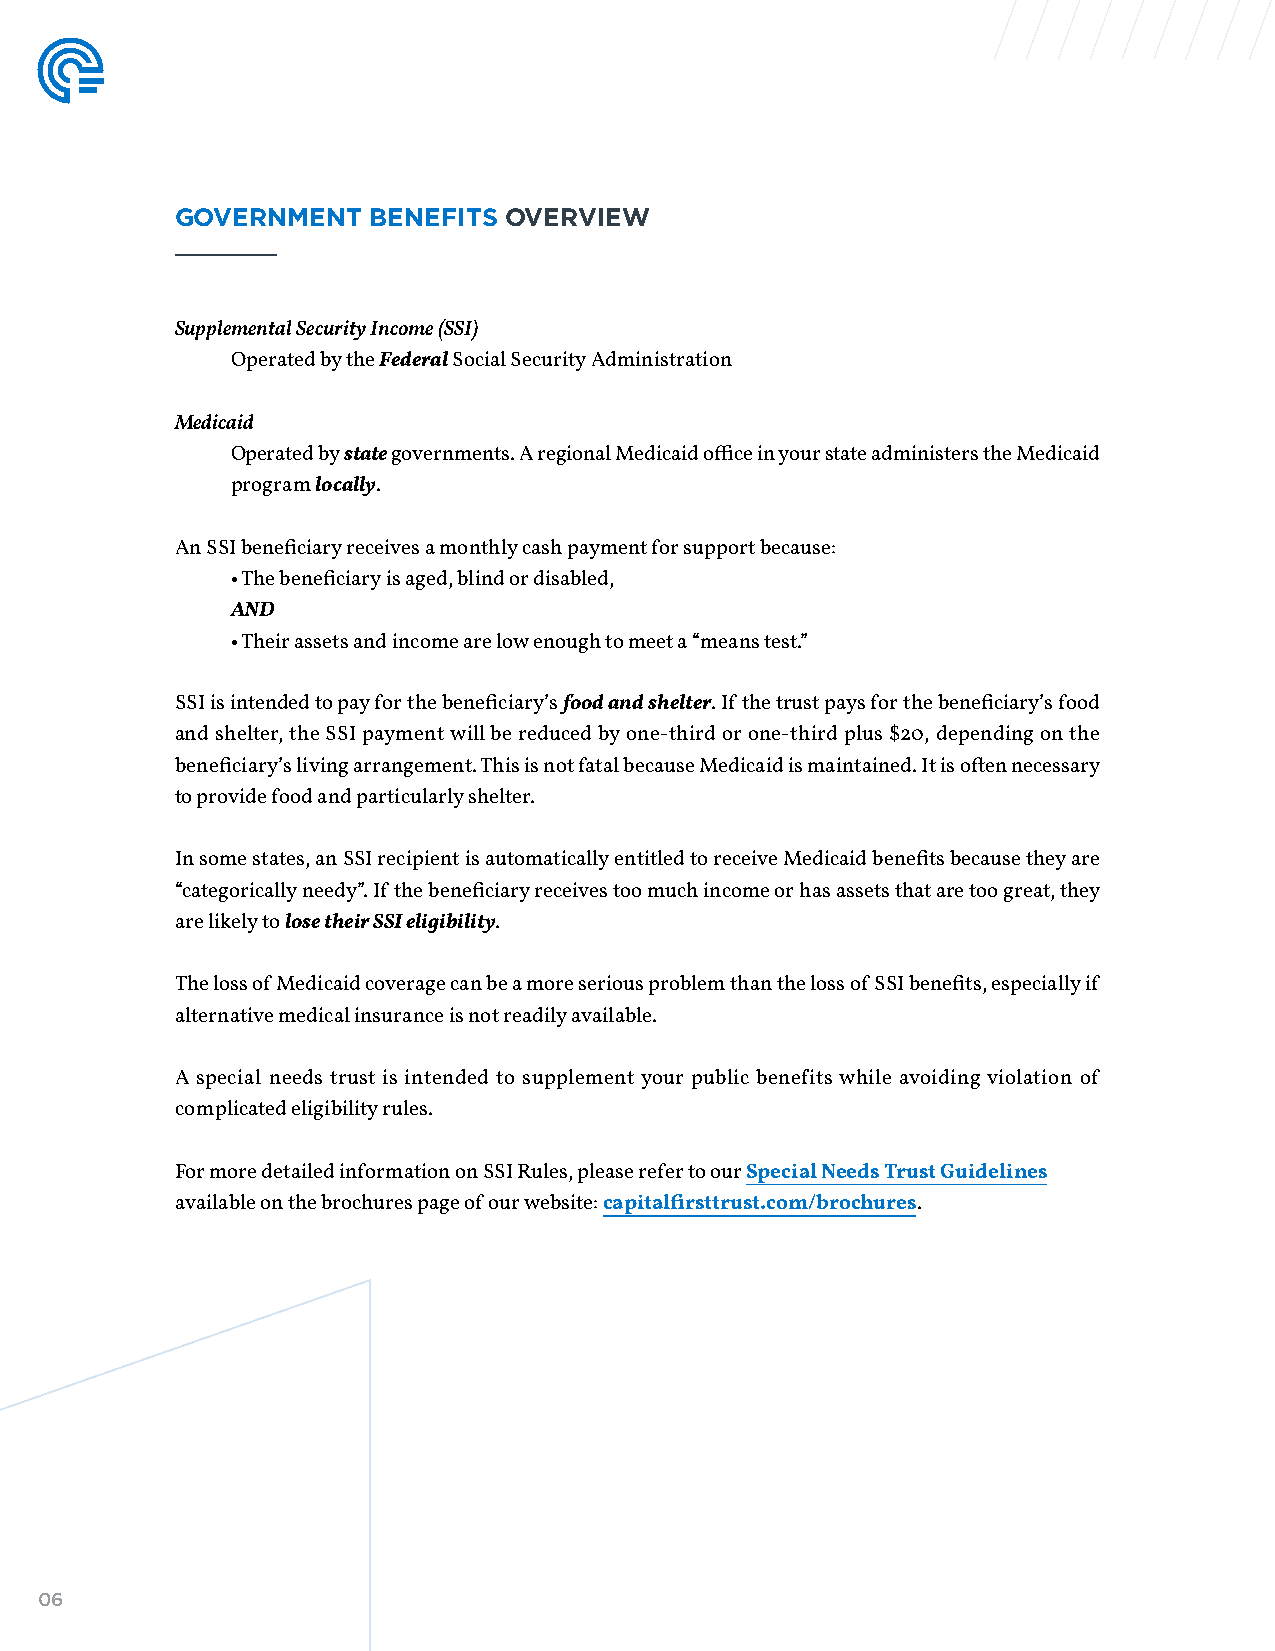
GOVERNMENT  BENEFITS OVERVIEW
 Supplemental Security Income (SSI)
 Operated by the Federal Social Security Administration
 Medicaid
 Operated by state governments. A regional Medicaid office in your state administers the Medicaid
 program locally.
 An SSI beneficiary receives a monthly cash payment for support because:
 • The beneficiary is aged, blind or disabled,
 AND
 • Their assets and income are low enough to meet a “means test.”
 SSI is intended to pay for the beneficiary’s food and shelter. If the trust pays for the beneficiary’s food
 and shelter, the SSI payment will be reduced by one-third or one-third plus $20, depending on the
 beneficiary’s living arrangement. This is not fatal because Medicaid is maintained. It is often necessary
 to provide food and particularly shelter.
 In some states, an SSI recipient is automatically entitled to receive Medicaid benefits because they are
 “categorically needy”. If the beneficiary receives too much income or has assets that are too great, they
 are likely to lose their SSI eligibility.
 The loss of Medicaid coverage can be a more serious problem than the loss of SSI benefits, especially if
 alternative medical insurance is not readily available.
 A special needs trust is intended to supplement your public benefits while avoiding violation of
 complicated eligibility rules.
 For more detailed information on SSI Rules, please refer to our Special Needs Trust Guidelines
 available on the brochures page of our website: capitalfirsttrust.com/brochures.
 06